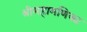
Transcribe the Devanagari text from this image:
श्रीमहामणिक्य